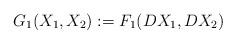
LaTeX: \begin{align*}G_1 (X_1,X_2) :=F_1 (DX_1, DX_2) \end{align*}